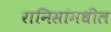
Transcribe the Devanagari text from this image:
रानिसांमधील